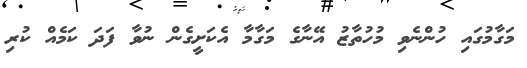
މަގާމުގައި ހުންނެވި މުހުތާޒު އޭނާގެ މަގާމާ އެކަށީގެން ނުވާ ފަދަ ކަމެއް ކުރި